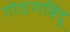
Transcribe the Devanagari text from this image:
गोठणबिंदू